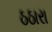
ઠઠારા